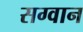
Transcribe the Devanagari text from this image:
सग्वान